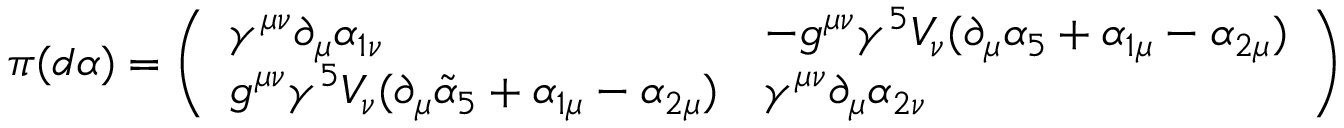
\pi ( d \alpha ) = \left( \begin{array} { l l } { { \gamma ^ { \mu \nu } \partial _ { \mu } \alpha _ { 1 \nu } } } & { { - g ^ { \mu \nu } \gamma ^ { 5 } V _ { \nu } ( \partial _ { \mu } \alpha _ { 5 } + \alpha _ { 1 \mu } - \alpha _ { 2 \mu } ) } } \\ { { g ^ { \mu \nu } \gamma ^ { 5 } V _ { \nu } ( \partial _ { \mu } \tilde { \alpha } _ { 5 } + \alpha _ { 1 \mu } - \alpha _ { 2 \mu } ) } } & { { \gamma ^ { \mu \nu } \partial _ { \mu } \alpha _ { 2 \nu } } } \end{array} \right)